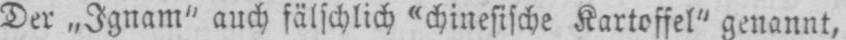
Der „Ignam” auch fälschlich «chinesische Kartoffel” genannt,